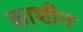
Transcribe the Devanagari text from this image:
काशीन